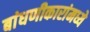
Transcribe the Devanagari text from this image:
बांधणीकारांमध्ये